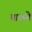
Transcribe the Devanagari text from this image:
पाठमे